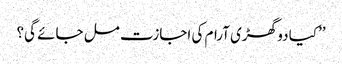
’’کیا دو گھڑی آرام کی اجازت مل جائے گی؟